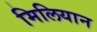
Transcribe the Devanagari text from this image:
मिलियान